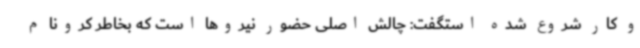
و کار شروع شده استگفت: چالش اصلی حضور نیروها است که بخاطر کرونا م